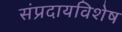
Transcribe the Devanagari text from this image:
संप्रदायविशेष